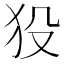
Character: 𤝈